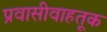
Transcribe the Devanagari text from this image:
प्रवासीवाहतूक